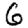
Digit: 6